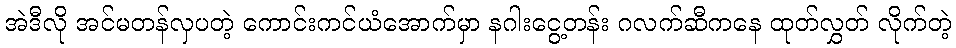
အဲဒီလို အင်မတန်လှပတဲ့ ကောင်းကင်ယံအောက်မှာ နဂါးငွေ့တန်း ဂလက်ဆီကနေ ထုတ်လွှတ် လိုက်တဲ့